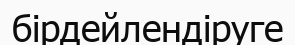
бірдейлендіруге